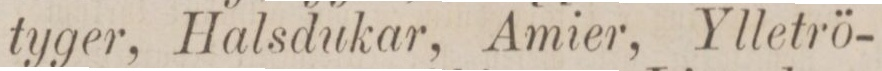
tyger, Halsdukar, Amier, Ylletrö-